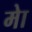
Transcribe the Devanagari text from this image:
मेा